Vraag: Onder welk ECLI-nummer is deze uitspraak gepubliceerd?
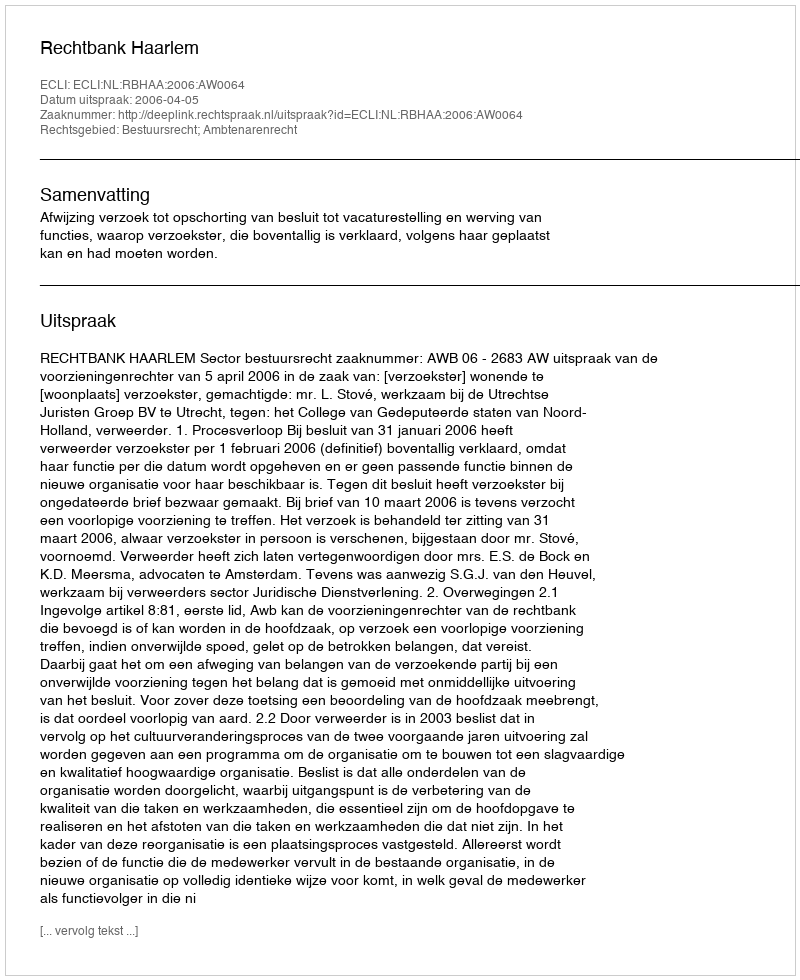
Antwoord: ECLI:NL:RBHAA:2006:AW0064